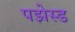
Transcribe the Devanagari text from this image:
पझेस्ड